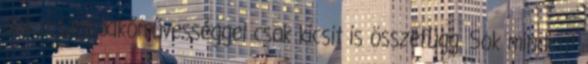
ami a szabadkő­művességgel csak kicsit is összefügg. Sok mindent